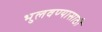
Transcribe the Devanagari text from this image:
भुलवण्यासाठी